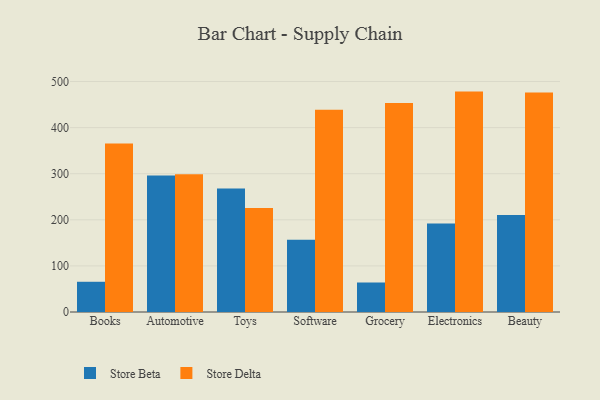
{"axis": {"x": "Category", "y": "Page Views"}, "legend": ["Store Beta", "Store Delta"], "data": [{"x": "Books", "y": 65.6, "type": "Store Beta"}, {"x": "Books", "y": 365.6, "type": "Store Delta"}, {"x": "Automotive", "y": 295.9, "type": "Store Beta"}, {"x": "Automotive", "y": 299.1, "type": "Store Delta"}, {"x": "Toys", "y": 268.1, "type": "Store Beta"}, {"x": "Toys", "y": 225.5, "type": "Store Delta"}, {"x": "Software", "y": 156.8, "type": "Store Beta"}, {"x": "Software", "y": 438.9, "type": "Store Delta"}, {"x": "Grocery", "y": 64.0, "type": "Store Beta"}, {"x": "Grocery", "y": 453.6, "type": "Store Delta"}, {"x": "Electronics", "y": 192.1, "type": "Store Beta"}, {"x": "Electronics", "y": 478.2, "type": "Store Delta"}, {"x": "Beauty", "y": 210.6, "type": "Store Beta"}, {"x": "Beauty", "y": 476.3, "type": "Store Delta"}]}